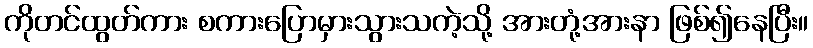
ကိုတင်ထွတ်ကား စကားပြောမှားသွားသကဲ့သို့ အားတုံ့အားနာ ဖြစ်၍နေပြီး။